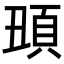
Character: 𩑧